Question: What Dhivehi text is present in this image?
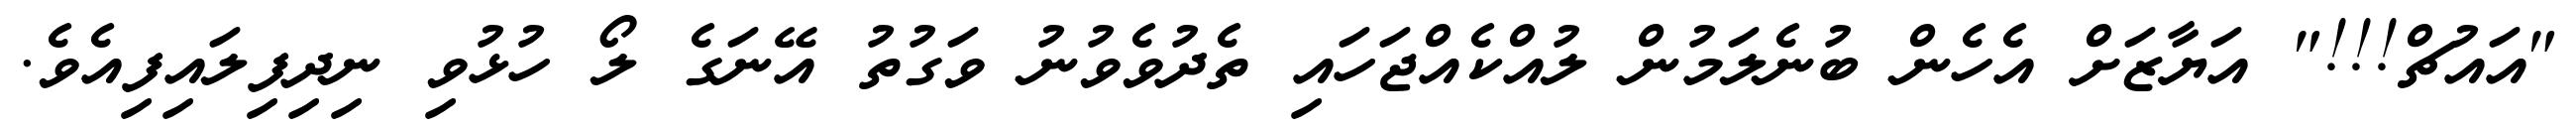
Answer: "އައުޗް!!!" އަޔާޒަށް އެހެން ބުނެލަމުން ލުއްކެއްޖަހައި ތެދުވެވުނު ވަގުތު އޭނަގެ ލޯ ހުޅުވި ނިދިފިލައިފިއެވެ.